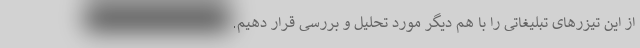
از این تیزرهای تبلیغاتی را با هم دیگر مورد تحلیل و بررسی قرار دهیم.